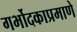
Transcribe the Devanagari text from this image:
गर्भोदकाप्रमाणे